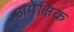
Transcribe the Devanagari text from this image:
अपेक्षिक